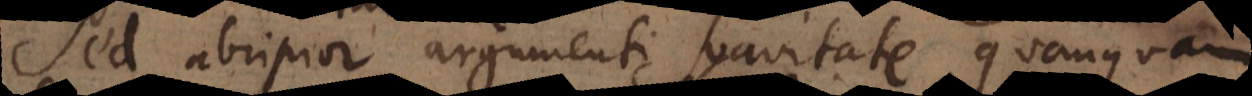
Sed abripior argumenti suavitate, quanquam